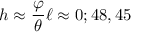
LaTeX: h \approx { \frac { \varphi } { \theta } } \ell \approx 0 ; 4 8 , 4 5